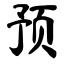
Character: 预